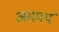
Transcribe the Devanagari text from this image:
असमर्थं